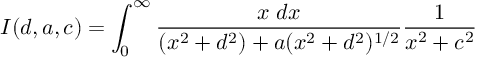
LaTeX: I ( d , a , c ) = \int _ { 0 } ^ { \infty } { \frac { x \; d x } { ( x ^ { 2 } + d ^ { 2 } ) + a ( x ^ { 2 } + d ^ { 2 } ) ^ { 1 / 2 } } } { \frac { 1 } { x ^ { 2 } + c ^ { 2 } } }